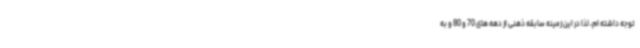
توجه داشته ام، لذا در این زمینه سابقه ذهنی از دهه های 70 و 80 و به